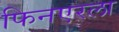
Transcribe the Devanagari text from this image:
फिनएरला